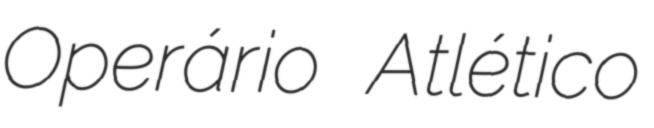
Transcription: Operário Atlético